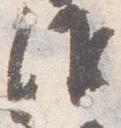
作